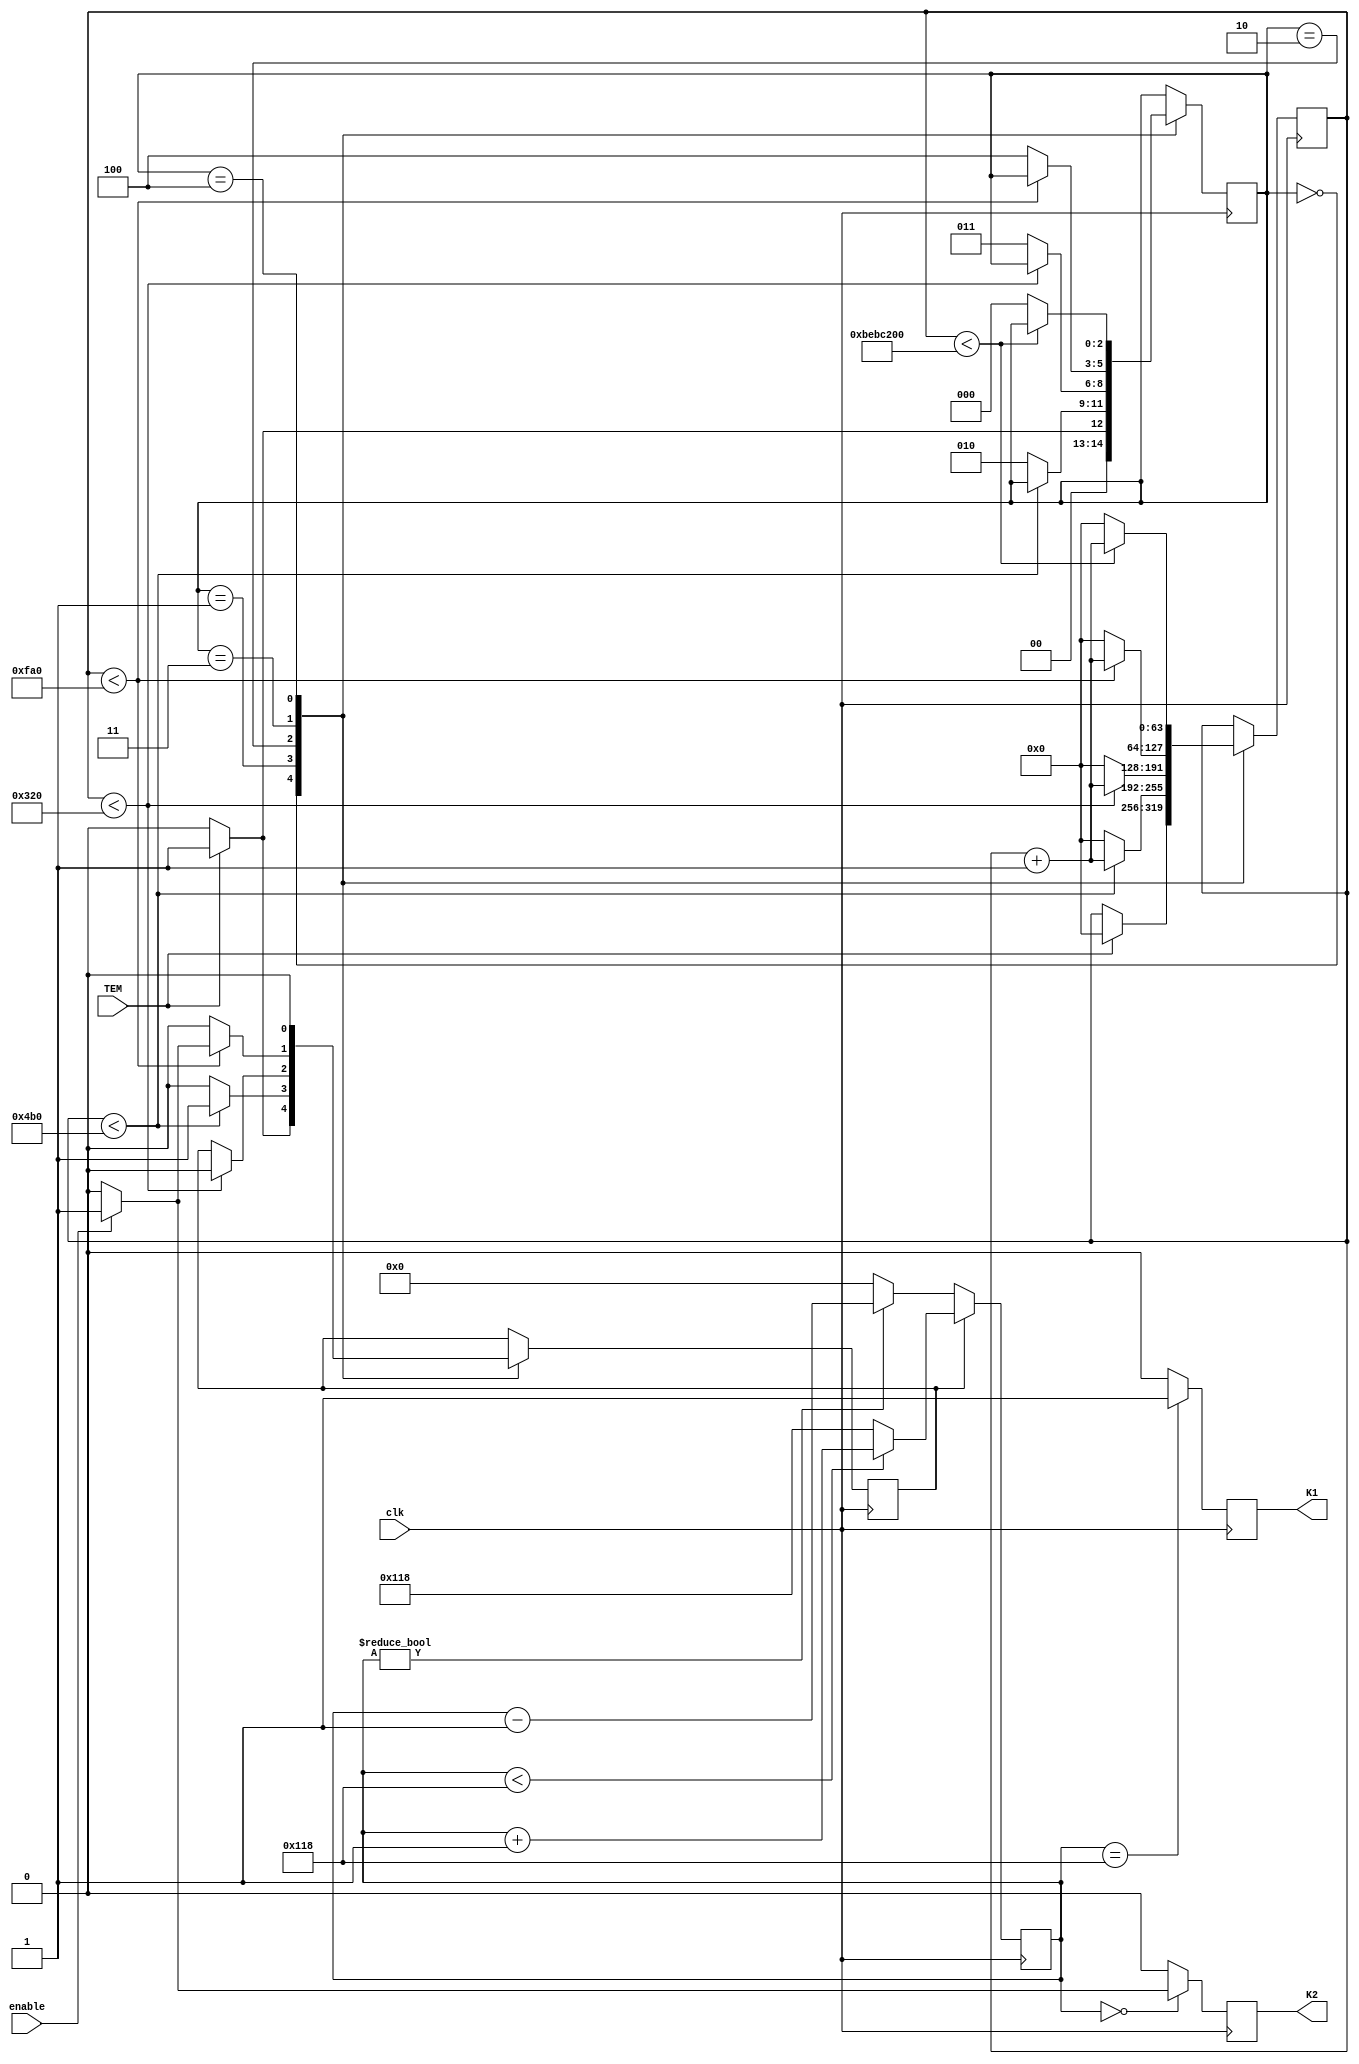
module DoublePulse (
  input enable,
  input clk,
  input TEM,
  
  output reg K1,
  output reg K2
);


  reg [2:0] state;
  parameter IDLE_STATE = 3'd0;
  parameter HIGH1_STATE = 3'd1;
  parameter LOW1_STATE = 3'd2;
  parameter HIGH2_STATE = 3'd3;

  parameter LOW2_STATE = 3'd4;
  parameter HIGH3_STATE = 3'd5;
  // Internal signals
  reg [63:0] dblcount;
  reg PA1;
  reg		[9:0]d_data1;

  
 initial begin
   state=IDLE_STATE;
   K2<=0;
	K1<=0;
 end


  // State machine logic

  always @(posedge clk) begin

		case (state)
		  IDLE_STATE: begin
			if (TEM) begin
			  state <= HIGH1_STATE;
			  dblcount <= 0;
			  PA1<=1;	
		  //   d_data1 <= 0;	  
			end
			else begin
				state <= IDLE_STATE;
				PA1<=0;	
			//	d_data1 <= 0;	
			end
		  end

		  HIGH1_STATE: begin
			if (dblcount < 63'd1200) begin // 1200-30us 4000-100us high
			//   if(enable)	
			  PA1<=1;	
           // else K1 <= 0;		
			  dblcount <= dblcount + 1;
			end
			else begin
			  PA1<= 0;
			  state <= LOW1_STATE;
			  dblcount <= 0;
			end
		  end

		  LOW1_STATE: begin
			if (dblcount < 63'd800)begin //800-20us low
			  dblcount <= dblcount + 1;
			  PA1<= 0;
			end 
			else begin
			  state <= HIGH2_STATE;
			  dblcount <= 0;
			end
		  end
		  HIGH2_STATE: begin
			if (dblcount < 63'd4000) begin // 30us high	 4000-100us
				if(enable)	
			    PA1<= 1;
		      else PA1<= 0;	 
			   dblcount <= dblcount + 1;
			end
			else begin
			  PA1<= 0;
			  state <= LOW2_STATE;
			  dblcount <= 0;
			end
		  end
		  LOW2_STATE:begin //5s		  
			  if (dblcount < 63'd200_000_000) begin // 5s
						
					 PA1<= 0;		 
					dblcount <= dblcount + 1;
				end
				else begin
				  PA1<= 0;
				  state <=IDLE_STATE ;
				  dblcount <= 0;
				end
		  end
		 endcase
	// end
	//else begin
	//	K1 <= 0;
	//	K2 <= 0;
	//end	
  end
  

	
	

always@(posedge clk)
 begin
	if(PA1)
		begin
		  if(d_data1 < 10'd280)
				d_data1 <= d_data1 + 1'b1;
		  else
				d_data1 <= 10'd280;
		  end
	 else
		  begin
		  if(d_data1 != 10'b0)
				d_data1 <= d_data1 - 1'b1;
		  else
				d_data1 <= 10'b0;
		  end
 end
 
always@(posedge clk)
 begin
  //  if(enable)
       begin
        if(d_data1 == 10'd280)//7us
				K1 <= 1'b1;
			else
				K1 <= 1'b0;
			if(d_data1 == 10'b0) begin 
			   if(enable)
					K2 <= 1'b1;
				else K2 <=0;
			 end
			else
				K2 <= 1'b0;
		 end
  //  else begin
	//	 K1 <= 1'b0;
	//	 K2 <= 1'b0;
	// end
 end
	 
	 
	 
  /*
 always @(posedge clk) begin
		case (state)
		  IDLE_STATE: begin
			if (TEM) begin
			  state <= HIGH1_STATE;
			  dblcount <= 0;
			  K1 <= 1;		  
			end
			else begin
			state <= IDLE_STATE;
			K1 <= 0;
			end
		  end

		  HIGH1_STATE: begin
			if (dblcount < 31'd200) begin // 5us high
			//   if(enable)	
			   K1 <= 1;	
           // else K1 <= 0;		
			  dblcount <= dblcount + 1;
			end
			else begin
			  K1 <= 0;
			  state <= LOW1_STATE;
			  dblcount <= 0;
			end
		  end

		  LOW1_STATE: begin
			if (dblcount < 31'd4000)begin //100us low
			  dblcount <= dblcount + 1;
			end 
			else begin
			  state <= HIGH2_STATE;
			  dblcount <= 0;
			end
		  end
		  HIGH2_STATE: begin // 30us high
			if (dblcount < 31'd1200) begin // 30us high	
				if(enable)	
			    K1 <= 1;
		      else  K1 <= 0;		 
			   dblcount <= dblcount + 1;
			end
			else begin
			  K1 <= 0;
			  state <= LOW2_STATE;
			  dblcount <= 0;
			end
			end
		 LOW2_STATE: begin // 20US LOW
			if (dblcount < 31'd800) begin // 	
					 
			   dblcount <= dblcount + 1;
			end
			else begin
			  K1 <= 0;
			  state <= HIGH3_STATE;
			  dblcount <= 0;
			end
		  end
		 HIGH3_STATE: begin // 30us high
			if (dblcount < 31'd1200) begin // 30us high	
				if(enable)	
			    K1 <= 1;
		       else 		  K1 <= 0;
			   dblcount <= dblcount + 1;
			end
			else begin
			  K1 <= 0;
			  state <= IDLE_STATE;
			  dblcount <= 0;
			end
		end
		  
		 endcase
	// end
	//else begin
	//	K1 <= 0;
	//	K2 <= 0;
	//end	
  end

*/
endmodule